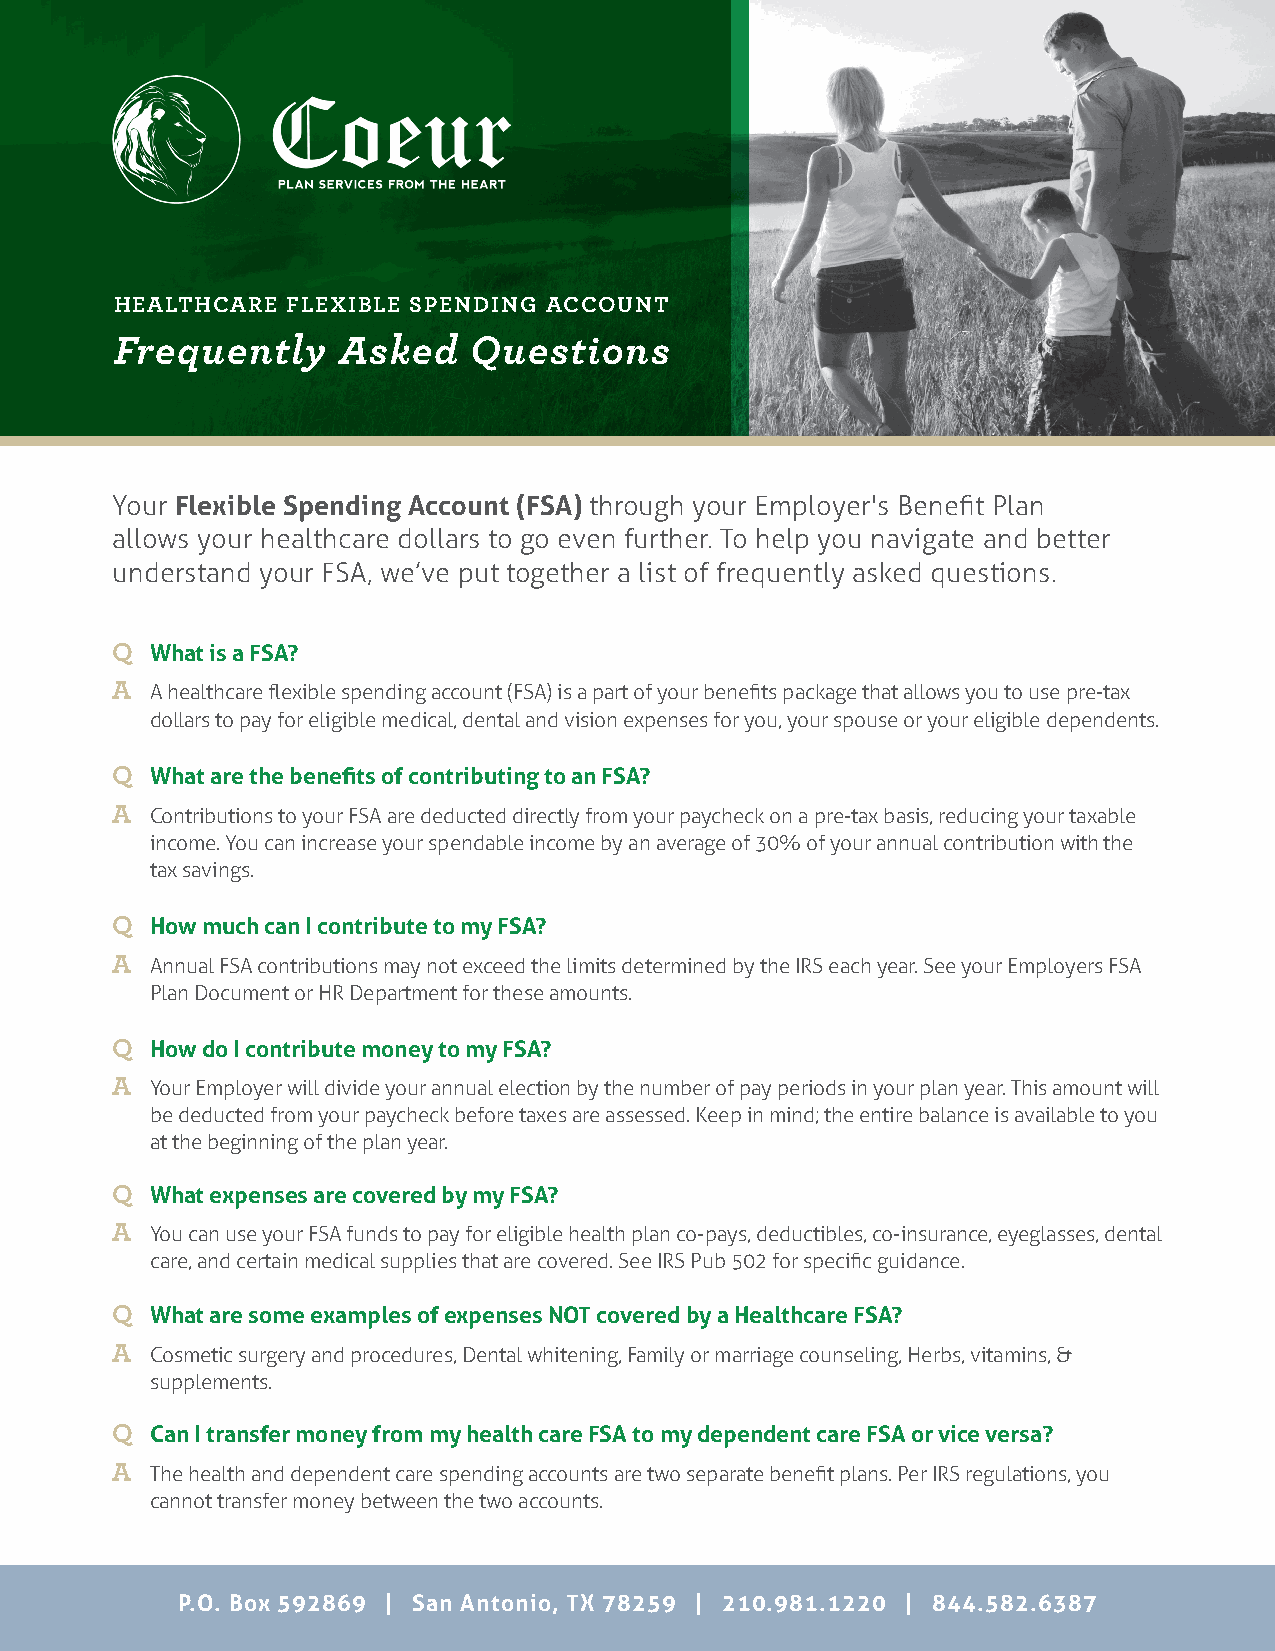
HEALTHCARE FLEXIBLE SPENDING ACCOUNT
 Frequently    Asked    Questions
 Your Flexible Spending Account (FSA) through your Employer's Benefit Plan
 allows your healthcare dollars to go even further. To help you navigate and better
 understand your FSA, we’ve put together a list of frequently asked questions.
 Q  What is a FSA?
 A  A healthcare flexible spending account (FSA) is a part of your benefits package that allows you to use pre-tax
 dollars to pay for eligible medical, dental and vision expenses for you, your spouse or your eligible dependents.
 Q  What are the benefits of contributing to an FSA?
 A  Contributions to your FSA are deducted directly from your paycheck on a pre-tax basis, reducing your taxable
 income. You can increase your spendable income by an average of 30% of your annual contribution with the
 tax savings.
 Q  How much can I contribute to my FSA?
 A  Annual FSA contributions may not exceed the limits determined by the IRS each year. See your Employers FSA
 Plan Document or HR Department for these amounts.
 Q  How do I contribute money to my FSA?
 A  Your Employer will divide your annual election by the number of pay periods in your plan year. This amount will
 be deducted from your paycheck before taxes are assessed. Keep in mind; the entire balance is available to you
 at the beginning of the plan year.
 Q  What expenses are covered by my FSA?
 A  You can use your FSA funds to pay for eligible health plan co-pays, deductibles, co-insurance, eyeglasses, dental
 care, and certain medical supplies that are covered. See IRS Pub 502 for specific guidance.
 Q  What are some examples of expenses NOT covered by a Healthcare FSA?
 A  Cosmetic surgery and procedures, Dental whitening, Family or marriage counseling, Herbs, vitamins, &
 supplements.
 Q  Can I transfer money from my health care FSA to my dependent care FSA or vice versa?
 A  The health and dependent care spending accounts are two separate benefit plans. Per IRS regulations, you
 cannot transfer money between the two accounts.
 P.O. Box 592869 | San Antonio, TX 78259 | 210.981.1220 | 844.582.6387